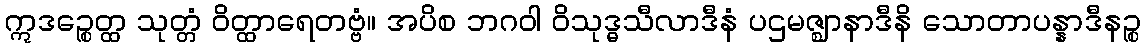
ဣဒဉ္စေတ္ထ သုတ္တံ ဝိတ္ထာရေတဗ္ဗံ။ အပိစ ဘဂဝါ ဝိသုဒ္ဓသီလာဒီနံ ပဌမဇ္ဈာနာဒီနိ သောတာပန္နာဒီနဉ္စ